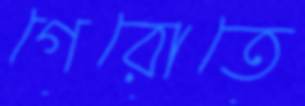
গেরোতে